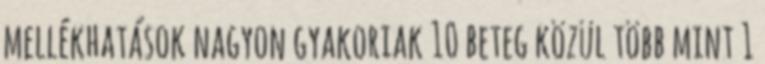
mellékhatások nagyon gyakoriak 10 beteg közül több mint 1